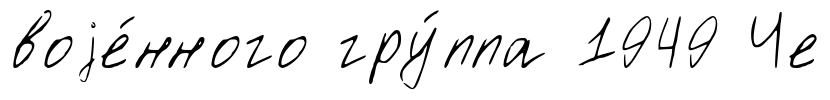
воjе́нного гру́ппа 1949 Че